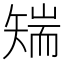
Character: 𮀅